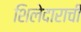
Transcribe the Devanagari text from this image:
शिलेदाराची